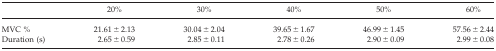
<table><thead><tr><td></td><td><b>20%</b></td><td><b>30%</b></td><td><b>40%</b></td><td><b>50%</b></td><td><b>60%</b></td></tr></thead><tbody><tr><td>MVC %</td><td>21.61 ± 2.13</td><td>30.04 ± 2.04</td><td>39.65 ± 1.67</td><td>46.99 ± 1.45</td><td>57.56 ± 2.44</td></tr><tr><td>Duration (s)</td><td>2.65 ± 0.59</td><td>2.85 ± 0.11</td><td>2.78 ± 0.26</td><td>2.90 ± 0.09</td><td>2.99 ± 0.08</td></tr></tbody></table>